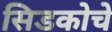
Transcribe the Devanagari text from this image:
सिडकोचे